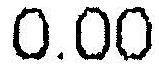
0.00